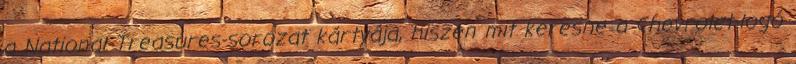
a National Treasures-sorozat kártyája, hiszen mit keresne a Chevrolet-logó